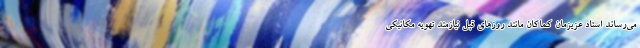
می‌رساند استاد عزیزمان کماکان مانند روزهای قبل نیازمند تهویه مکانیکی